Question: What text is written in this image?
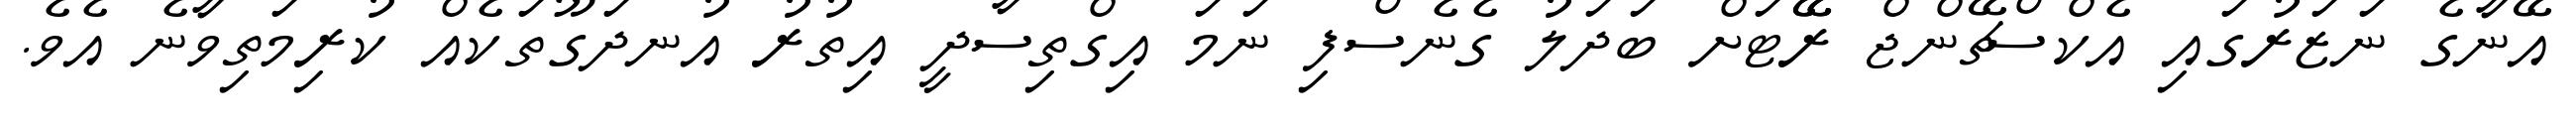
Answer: އޭނާގެ ނަޒަރުގައި އެކްސްޗޭންޖް ރޭޭޓަށް ބަދަލު ގެނެސްފި ނަމަ އިގްތިސާދީ އިތުރު އުނދަގޫތަކެއް ކުރިމަތިވާނެ އެވެ.